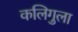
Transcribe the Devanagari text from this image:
कलिगुला